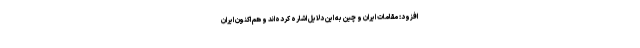
افزود: مقامات ایران و چین به این دلایل اشاره کرده‌اند و هم اکنون ایران